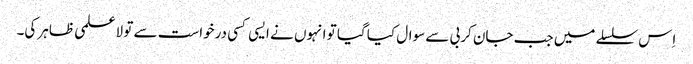
اِس سلسلے میں جب جان کربی سے سوال کیا گیا تو انہوں نے ایسی کسی درخواست سے تو لاعلمی ظاہر کی۔